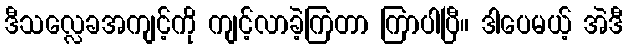
ဒီသလ္လေခအကျင့်ကို ကျင့်လာခဲ့ကြတာ ကြာပါပြီ။ ဒါပေမယ့် အဲဒီ